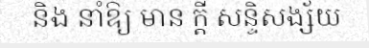
និង នាំឱ្យ មាន ក្តី សន្ទិសង្ស័យ